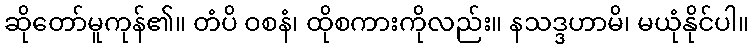
ဆိုတော်မူကုန်၏။ တံပိ ဝစနံ၊ ထိုစကားကိုလည်း။ နသဒ္ဒဟာမိ၊ မယုံနိုင်ပါ။